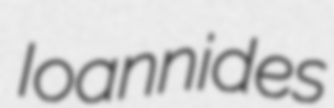
Ioannides